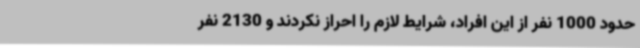
حدود 1000 نفر از این افراد، شرایط لازم را احراز نکردند و 2130 نفر